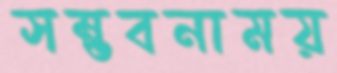
সম্ভবনাময়